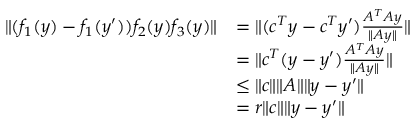
\begin{array} { r l } { \| ( f _ { 1 } ( y ) - f _ { 1 } ( y ^ { \prime } ) ) f _ { 2 } ( y ) f _ { 3 } ( y ) \| } & { = \| ( c ^ { T } y - c ^ { T } y ^ { \prime } ) \frac { A ^ { T } A y } { \| A y \| } \| } \\ & { = \| c ^ { T } ( y - y ^ { \prime } ) \frac { A ^ { T } A y } { \| A y \| } \| } \\ & { \leq \| c \| \| A \| \| y - y ^ { \prime } \| } \\ & { = r \| c \| \| y - y ^ { \prime } \| } \end{array}